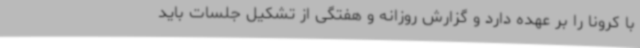
با کرونا را بر عهده دارد و گزارش روزانه و هفتگی از تشکیل جلسات باید